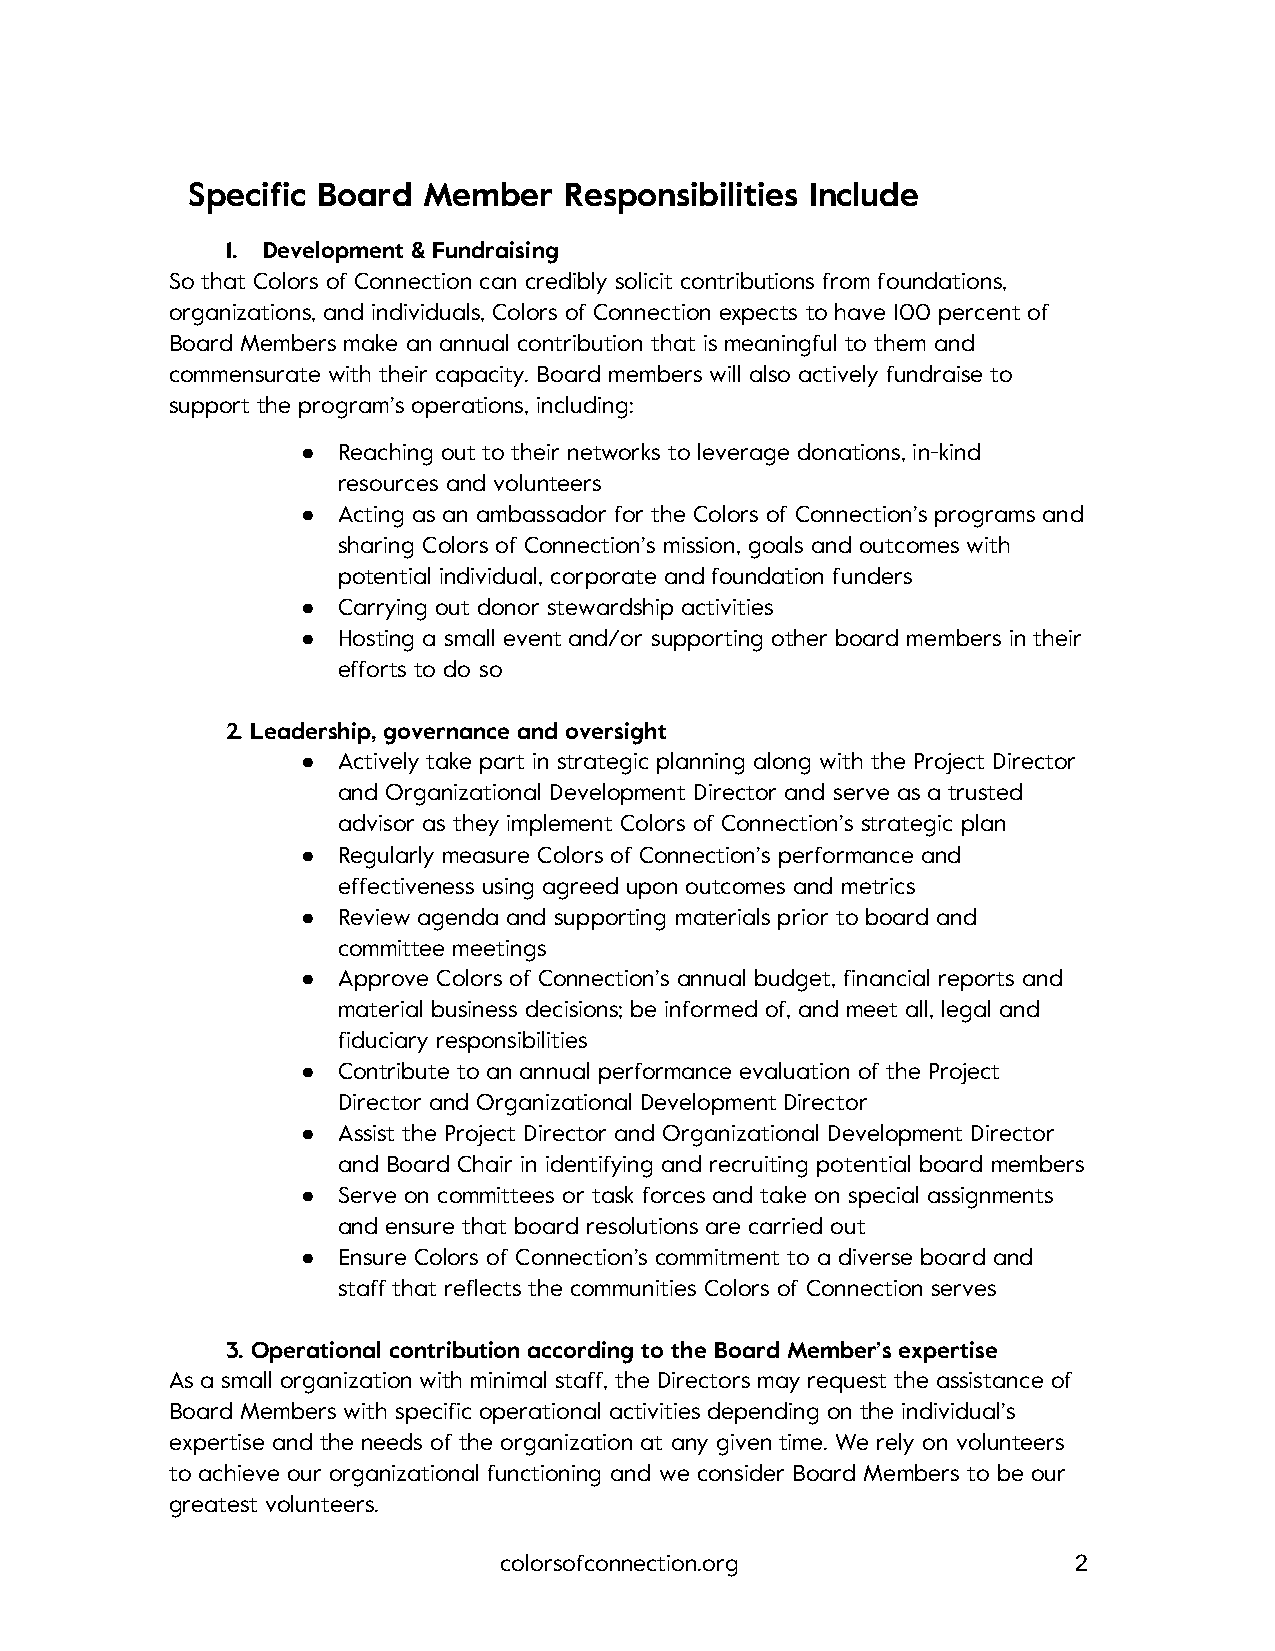
Specific Board  Member   Responsibilities Include
 1. Development & Fundraising
 So that Colors of Connection can credibly solicit contributions from foundations,
 organizations, and individuals, Colors of Connection expects to have 100 percent of
 Board Members make an annual contribution that is meaningful to them and
 commensurate with their capacity. Board members will also actively fundraise to
 support the program’s operations, including:
 ● Reaching out to their networks to leverage donations, in-kind
 resources and volunteers
 ● Acting as an ambassador for the Colors of Connection’s programs and
 sharing Colors of Connection’s mission, goals and outcomes with
 potential individual, corporate and foundation funders
 ● Carrying out donor stewardship activities
 ● Hosting a small event and/or supporting other board members in their
 efforts to do so
 2. Leadership, governance and oversight
 ● Actively take part in strategic planning along with the Project Director
 and Organizational Development Director and serve as a trusted
 advisor as they implement Colors of Connection’s strategic plan
 ● Regularly measure Colors of Connection’s performance and
 effectiveness using agreed upon outcomes and metrics
 ● Review agenda and supporting materials prior to board and
 committee meetings
 ● Approve Colors of Connection’s annual budget, financial reports and
 material business decisions; be informed of, and meet all, legal and
 fiduciary responsibilities
 ● Contribute to an annual performance evaluation of the Project
 Director and Organizational Development Director
 ● Assist the Project Director and Organizational Development Director
 and Board Chair in identifying and recruiting potential board members
 ● Serve on committees or task forces and take on special assignments
 and ensure that board resolutions are carried out
 ● Ensure Colors of Connection’s commitment to a diverse board and
 staff that reflects the communities Colors of Connection serves
 3. Operational contribution according to the Board Member’s expertise
 As a small organization with minimal staff, the Directors may request the assistance of
 Board Members with specific operational activities depending on the individual’s
 expertise and the needs of the organization at any given time. We rely on volunteers
 to achieve our organizational functioning and we consider Board Members to be our
 greatest volunteers.
 colorsofconnection.org                2